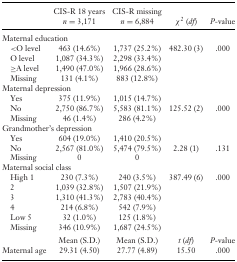
<table><thead><tr><td></td><td><b>CIS-R 18 years <i>n</i> = 3,171</b></td><td><b>CIS-R missing <i>n</i> = 6,884</b></td><td><b>χ<sup>2</sup> (<i>df</i>)</b></td><td><b><i>P</i>-value</b></td></tr></thead><tbody><tr><td colspan="5">Maternal education</td></tr><tr><td> &lt;O level</td><td>463 (14.6%)</td><td>1,737 (25.2%)</td><td>482.30 (3)</td><td>.000</td></tr><tr><td> O level</td><td>1,087 (34.3%)</td><td>2,298 (33.4%)</td><td></td><td></td></tr><tr><td> ≥A level</td><td>1,490 (47.0%)</td><td>1,966 (28.6%)</td><td></td><td></td></tr><tr><td> Missing</td><td>131 (4.1%)</td><td>883 (12.8%)</td><td></td><td></td></tr><tr><td colspan="5">Maternal depression</td></tr><tr><td> Yes</td><td>375 (11.9%)</td><td>1,015 (14.7%)</td><td></td><td></td></tr><tr><td> No</td><td>2,750 (86.7%)</td><td>5,583 (81.1%)</td><td>125.52 (2)</td><td>.000</td></tr><tr><td> Missing</td><td>46 (1.4%)</td><td>286 (4.2%)</td><td></td><td></td></tr><tr><td colspan="5">Grandmother&#x27;s depression</td></tr><tr><td> Yes</td><td>604 (19.0%)</td><td>1,410 (20.5%)</td><td></td><td></td></tr><tr><td> No</td><td>2,567 (81.0%)</td><td>5,474 (79.5%)</td><td>2.28 (1)</td><td>.131</td></tr><tr><td> Missing</td><td>0</td><td>0</td><td></td><td></td></tr><tr><td colspan="5">Maternal social class</td></tr><tr><td> High 1</td><td>230 (7.3%)</td><td>240 (3.5%)</td><td>387.49 (6)</td><td>.000</td></tr><tr><td> 2</td><td>1,039 (32.8%)</td><td>1,507 (21.9%)</td><td></td><td></td></tr><tr><td> 3</td><td>1,310 (41.3%)</td><td>2,783 (40.4%)</td><td></td><td></td></tr><tr><td> 4</td><td>214 (6.8%)</td><td>542 (7.9%)</td><td></td><td></td></tr><tr><td> Low 5</td><td>32 (1.0%)</td><td>125 (1.8%)</td><td></td><td></td></tr><tr><td> Missing</td><td>346 (10.9%)</td><td>1,687 (24.5%)</td><td></td><td></td></tr><tr><td></td><td>Mean (S.D.)</td><td>Mean (S.D.)</td><td><i>t</i> (<i>df</i>)</td><td><i>P</i>-value</td></tr><tr><td>Maternal age</td><td>29.31 (4.50)</td><td>27.77 (4.89)</td><td>15.50</td><td>.000</td></tr></tbody></table>